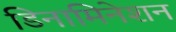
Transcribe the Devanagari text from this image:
डिनामिनेशन